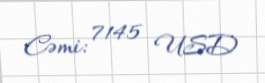
Cəmi: 7145 USD